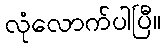
လုံလောက်ပါပြီ။